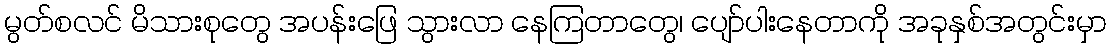
မွတ်စလင် မိသားစုတွေ အပန်းဖြေ သွားလာ နေကြတာတွေ၊ ပျော်ပါးနေတာကို အခုနှစ်အတွင်းမှာ